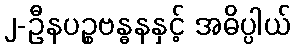
၂-ဦနပဉ္စဗန္ဓနနှင့် အဓိပ္ပါယ်